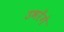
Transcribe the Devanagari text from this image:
उभरेंगे